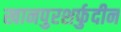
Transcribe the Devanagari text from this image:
खानपुरशर्फुदीन